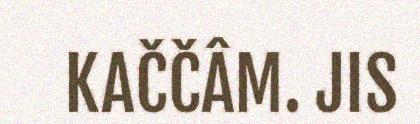
KAČČÂM. JIS